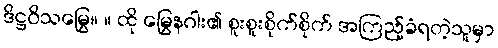
ဒိဋ္ဌဝိသမြွေ။ ။ ထို မြွေနဂါး၏ စူးစူးစိုက်စိုက် အကြည့်ခံရတဲ့သူမှာ